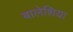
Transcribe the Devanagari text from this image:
बालेशिया